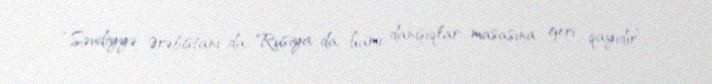
“Səudiyyə Ərəbistanı da, Rusiya da, hamı danışıqlar masasına geri qayıdır”, -